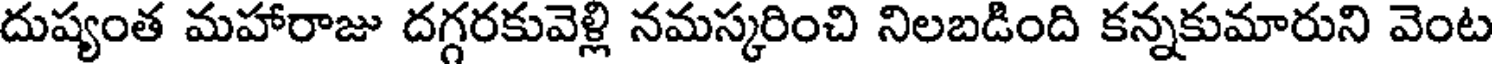
దుష్యంత మహారాజు దగ్గరకువెళ్లి నమస్కరించి నిలబడింది కన్నకుమారుని వెంట